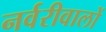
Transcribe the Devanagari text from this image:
नर्वरीवालों